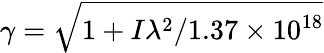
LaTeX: \gamma=\sqrt{1+I\lambda^{2}/1.37\times 10^{18}}